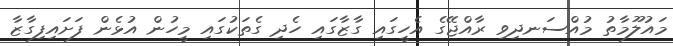
މައުލޫމާތު މުއްސަނދިވި ރާއްޖޭގެ އެހީގައި ގާޒާގައި ހެދި ގެތަކުގައި މީހުން އުޅެން ފަށައިފިގާޒާ